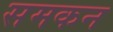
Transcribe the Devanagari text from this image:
समकन